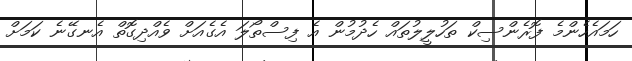
ހަމައެހެންމެ ފޮރެންސިކް ތަހުލީލުތައް ހެދުމުން އެ ފިސްތޯލަ އެގެއަށް ވެއްދިގޮތް އެނގޭނެ ކަމަށް